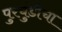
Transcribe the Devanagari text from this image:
पुरचुंडीचा